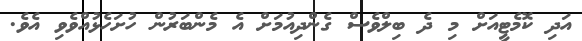
އަދި ކޮމެޓީއަށް މި ދެ ބިލްވެސް ގެންދިއުމަށް އެ މެންބަރުން ހުށަހެޅުއްވެވި އެވެ.